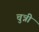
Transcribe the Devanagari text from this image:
चुन्नीं